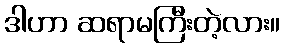
ဒါဟာ ဆရာမကြီးတဲ့လား။